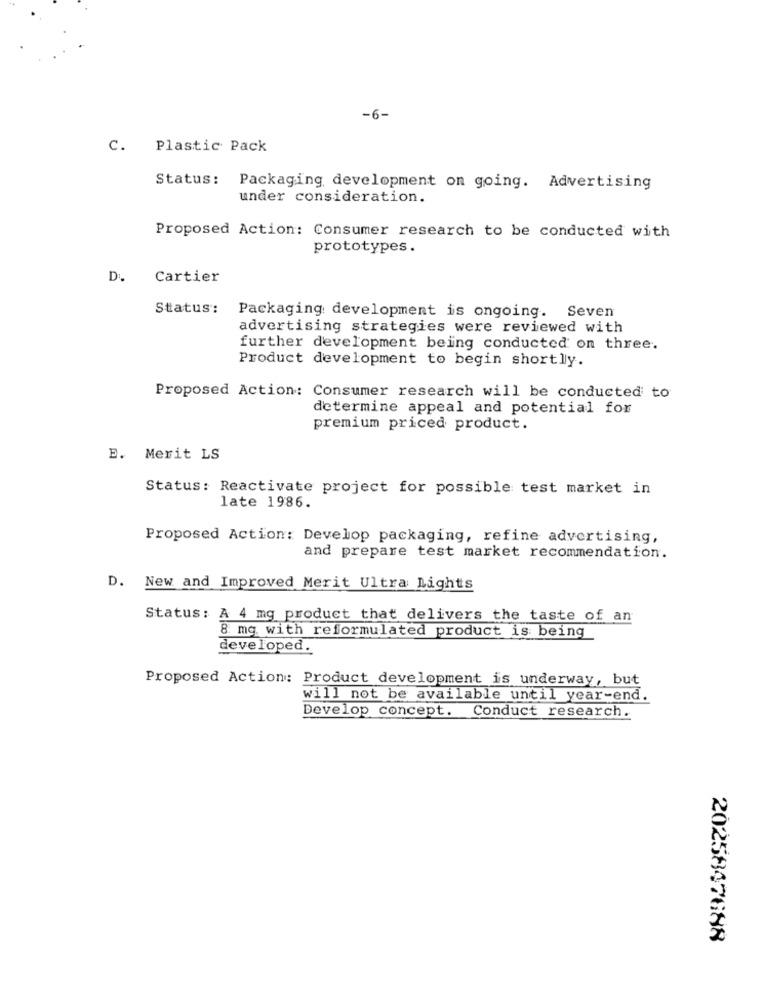
-6-
C. Plastic Pack
Status: Packaging development on going. Advertising
under consideration.
Proposed Action: Consumer research to be conducted with
prototypes.
Cartier
Status: Packaging development is ongoing. Seven
advertising strategies were reviewed with
further development being conducted on three.
Product development to begin shortly.
Proposed Action: Consumer research will be conducted to
determine appeal and potential for
premium priced product.
B. Merit LS
Status: Reactivate project for possible test market in
late 1986.
Proposed Action: Develop packaging, refine advertising,
and prepare test market recommendation.
D. New and Improved Merit Ultra Lights
Status: A 4 mg product that delivers the taste of an
8 mg. with reformulated product is being
developed.
Proposed Action: Product development is underway, but
will not be available until year-end.
Develop concept. Conduct research.
2025847688